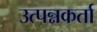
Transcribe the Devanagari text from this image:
उत्पन्नकर्ता